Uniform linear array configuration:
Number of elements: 64
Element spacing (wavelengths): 0.75
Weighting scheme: uniform
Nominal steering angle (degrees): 15
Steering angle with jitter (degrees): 15.287
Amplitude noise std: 0.05
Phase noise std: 0.05

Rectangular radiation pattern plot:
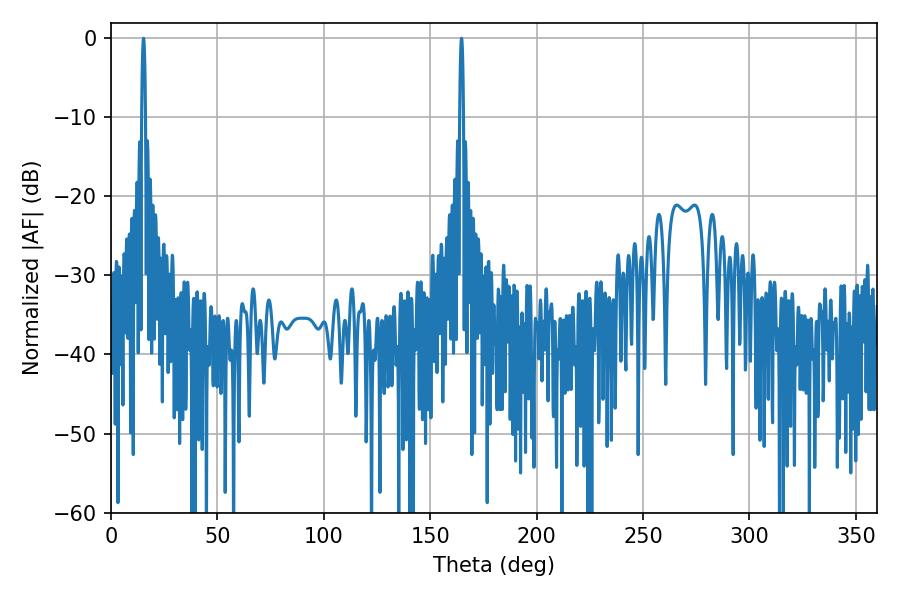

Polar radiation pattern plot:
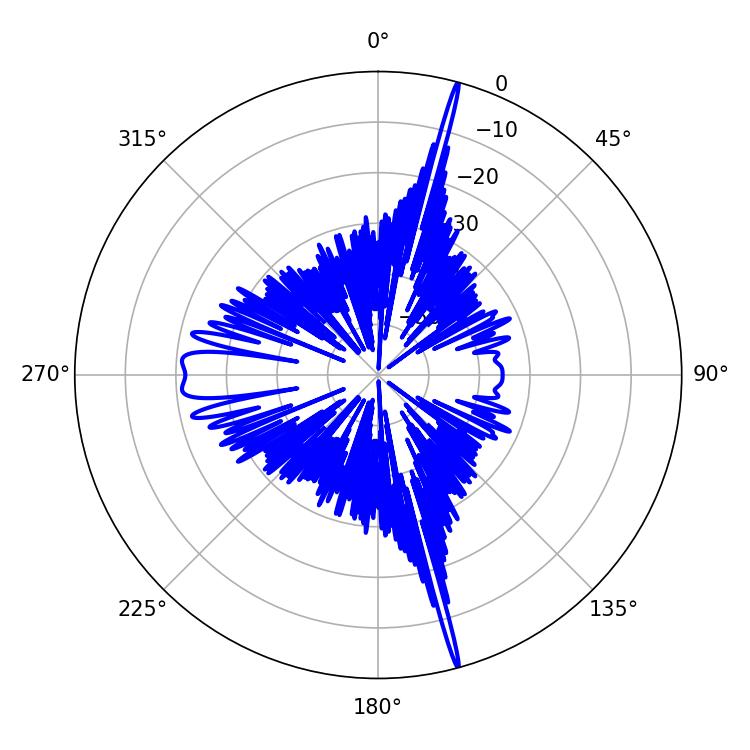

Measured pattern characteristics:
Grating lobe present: TRUE
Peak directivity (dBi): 23.734
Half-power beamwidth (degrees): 0.9
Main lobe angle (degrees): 15.3